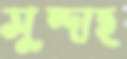
সুন্দাহ